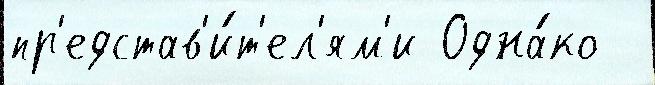
пр'едстав'и́т'ел'ям'и Одна́ко